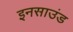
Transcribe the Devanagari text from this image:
इनसाउंड